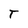
Character: T